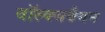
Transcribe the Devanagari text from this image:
वॉल्क्सवैगन